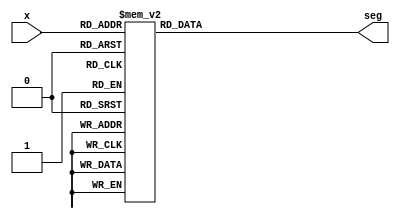
module bcdto7segment(
    input [3:0] x,
    output [6:0] seg
    );
    
    reg [6:0] seg;
    
    always @ (x)
    begin
        
        case(x)
            4'b0000: seg = 7'b1000000;
            4'b0001: seg = 7'b1111001;
            4'b0010: seg = 7'b0100100;
            4'b0011: seg = 7'b0110000;
            4'b0100: seg = 7'b0011001;
            4'b0101: seg = 7'b0010010;
            4'b0110: seg = 7'b0000010;
            4'b0111: seg = 7'b1111000;
            4'b1000: seg = 7'b0000000;
            4'b1001: seg = 7'b0010000;
            default: seg = 7'b1000000;
        endcase
   end
   
/*input [3:0] x;
output [6:0] seg;
//output [7:0] an;

assign
    seg[0] = (~x[3]&~x[2]&~x[1]&x[0]) | (~x[3]&x[2]&~x[1]&~x[0]),
    seg[1] = (~x[3]&x[2]&~x[1]&x[0]) | (~x[3]&x[2]&x[1]&~x[0]),
    seg[2] = (~x[3]&~x[2]&x[1]&~x[0]),
    seg[3] = (~x[3]&~x[2]&~x[1]&x[0]) | (~x[3]&x[2]&~x[1]&~x[0]) | (~x[3]&x[2]&x[1]&x[0]),
    seg[4] = (~x[3]&~x[2]&~x[1]&x[0]) | (~x[3]&~x[2]&x[1]&x[0]) | (~x[3]&x[2]&~x[1]&~x[0]) | (~x[3]&x[2]&~x[1]&x[0]) | (~x[3]&x[2]&x[1]&x[0]),
    seg[5] = (~x[3]&~x[2]&~x[1]&x[0]) | (~x[3]&~x[2]&x[1]&~x[0]) | (~x[3]&~x[2]&x[1]&x[0]) | (~x[3]&x[2]&x[1]&x[0]),
    seg[6] = (~x[3]&~x[2]&~x[1]&~x[0]) | (~x[3]&~x[2]&~x[1]&x[0]) | (~x[3]&x[2]&x[1]&x[0]);
    
    //an = 8'b11111110;
  
    
    
    /*an[0] = 8'b00000000,
    an[1] = 8'b11111111,
    an[2] = 8'b11111111,
    an[3] = 8'b11111111,
    an[4] = 8'b11111111,
    an[5] = 8'b11111111,
    an[6] = 8'b11111111,
    an[7] = 8'b11111111;*/
    
endmodule